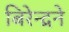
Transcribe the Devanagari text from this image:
बिरेन्द्रने